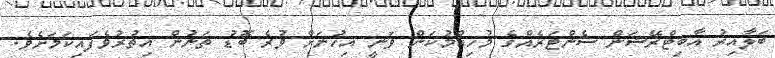
ބަލާއިރު އާބިޓްރޭޝަން ސެންޓަރެއްގެ މުހިއްމުކަން ވަނީ އިހުނަށް ވުރެ ބޮޑު ތަނުން އިތުރުވެފައިކަމަށެވެ.